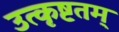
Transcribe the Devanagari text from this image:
उत्कृष्टतम्